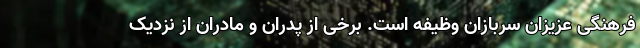
فرهنگی عزیزان سربازان وظیفه است. برخی از پدران و مادران از نزدیک